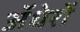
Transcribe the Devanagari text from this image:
ॲधेरों